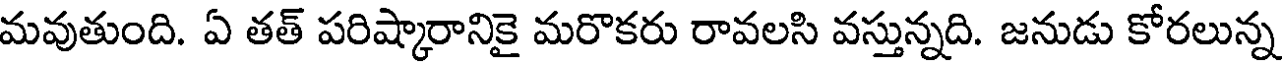
మవుతుంది. ఏ తత్ పరిష్కారానికై మరొకరు రావలసి వస్తున్నది. జనుడు కోరలున్న